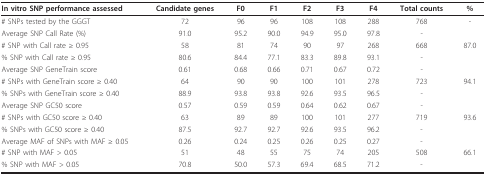
<table><thead><tr><td><b>In vitro SNP performance assessed</b></td><td><b>Candidate genes</b></td><td><b>F0</b></td><td><b>F1</b></td><td><b>F2</b></td><td><b>F3</b></td><td><b>F4</b></td><td><b>Total counts</b></td><td><b>%</b></td></tr></thead><tbody><tr><td># SNPs tested by the GGGT</td><td>72</td><td>96</td><td>96</td><td>108</td><td>108</td><td>288</td><td>768</td><td>-</td></tr><tr><td>Average SNP Call Rate (%)</td><td>91.0</td><td>95.2</td><td>90.0</td><td>94.9</td><td>95.0</td><td>97.8</td><td>-</td><td></td></tr><tr><td># SNP with Call rate ≥ 0.95</td><td>58</td><td>81</td><td>74</td><td>90</td><td>97</td><td>268</td><td>668</td><td>87.0</td></tr><tr><td>% SNP with Call rate ≥ 0.95</td><td>80.6</td><td>84.4</td><td>77.1</td><td>83.3</td><td>89.8</td><td>93.1</td><td>-</td><td></td></tr><tr><td>Average SNP GeneTrain score</td><td>0.61</td><td>0.68</td><td>0.66</td><td>0.71</td><td>0.67</td><td>0.72</td><td>-</td><td></td></tr><tr><td># SNPs with GeneTrain score ≥ 0.40</td><td>64</td><td>90</td><td>90</td><td>100</td><td>101</td><td>278</td><td>723</td><td>94.1</td></tr><tr><td>% SNPs with GeneTrain score ≥ 0.40</td><td>88.9</td><td>93.8</td><td>93.8</td><td>92.6</td><td>93.5</td><td>96.5</td><td>-</td><td></td></tr><tr><td>Average SNP GC50 score</td><td>0.57</td><td>0.59</td><td>0.59</td><td>0.64</td><td>0.62</td><td>0.67</td><td>-</td><td></td></tr><tr><td># SNPs with GC50 score ≥ 0.40</td><td>63</td><td>89</td><td>89</td><td>100</td><td>101</td><td>277</td><td>719</td><td>93.6</td></tr><tr><td>% SNPs with GC50 score ≥ 0.40</td><td>87.5</td><td>92.7</td><td>92.7</td><td>92.6</td><td>93.5</td><td>96.2</td><td>-</td><td></td></tr><tr><td>Average MAF of SNPs with MAF ≥ 0.05</td><td>0.26</td><td>0.24</td><td>0.25</td><td>0.26</td><td>0.25</td><td>0.27</td><td>-</td><td></td></tr><tr><td># SNP with MAF &gt; 0.05</td><td>51</td><td>48</td><td>55</td><td>75</td><td>74</td><td>205</td><td>508</td><td>66.1</td></tr><tr><td>% SNP with MAF &gt; 0.05</td><td>70.8</td><td>50.0</td><td>57.3</td><td>69.4</td><td>68.5</td><td>71.2</td><td>-</td><td></td></tr></tbody></table>